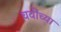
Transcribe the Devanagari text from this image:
चवींच्या